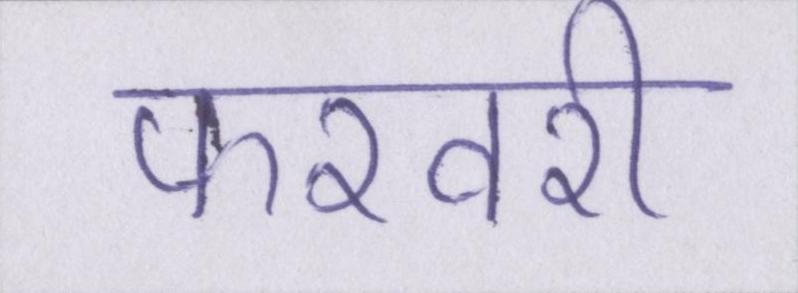
फरवरी